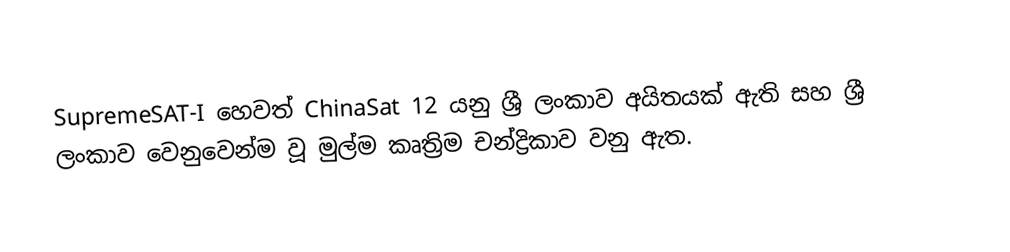
SupremeSAT-I හෙවත් ChinaSat 12 යනු ශ්‍රී ලංකාව අයිතයක් ඇති සහ ශ්‍රී ලංකාව වෙනුවෙන්ම වූ මුල්ම කෘත්‍රිම චන්ද්‍රිකාව වනු ඇත.